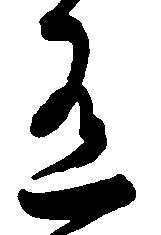
有